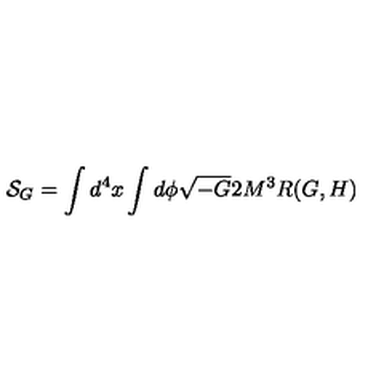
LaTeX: { \cal S } _ { G } = \int d ^ { 4 } x \int d \phi \sqrt { - G } 2 M ^ { 3 } R ( G , H )